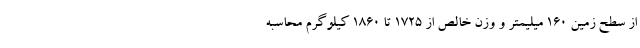
از سطح زمین 160 میلیمتر و وزن خالص از 1725 تا 1860 کیلوگرم محاسبه